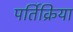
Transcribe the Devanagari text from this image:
पर्तिक्रिया